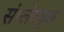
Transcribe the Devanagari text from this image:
संश्लेषयुक्त